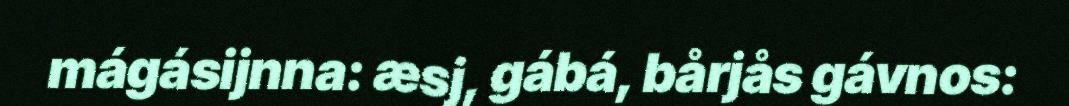
mágásijnna: æsj, gábá, bårjås gávnos: